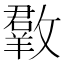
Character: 𣀆